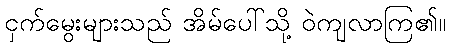
ငှက်မွေးများသည် အိမ်ပေါ်သို့ ဝဲကျလာကြ၏။